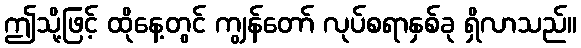
ဤသို့ဖြင့် ထိုနေ့တွင် ကျွန်တော် လုပ်စရာနှစ်ခု ရှိလာသည်။